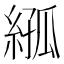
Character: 𦁣